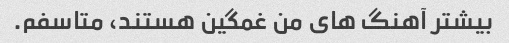
بیشتر آهنگ های من غمگین هستند، متاسفم.